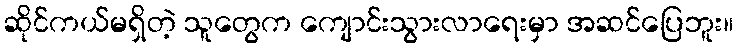
ဆိုင်ကယ်မရှိတဲ့ သူတွေက ကျောင်းသွားလာရေးမှာ အဆင်ပြေဘူး။